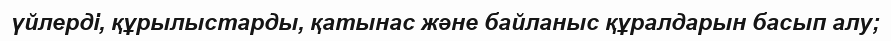
үйлерді, құрылыстарды, қатынас және байланыс құралдарын басып алу;